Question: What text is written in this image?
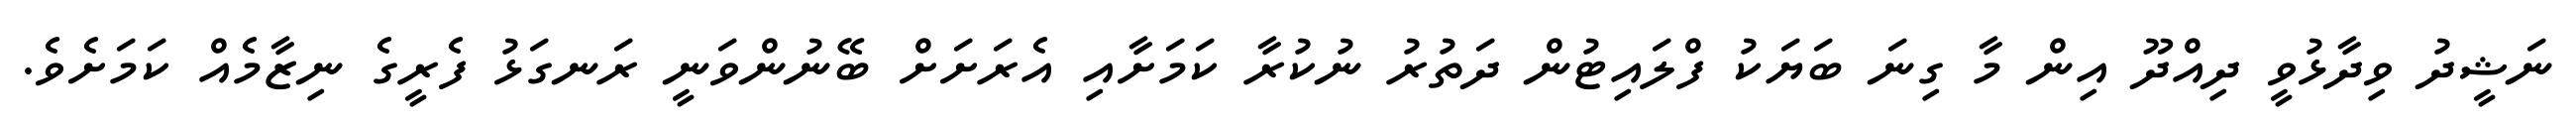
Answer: ނަޝީދު ވިދާޅުވީ ދިއްދޫ އިން މާ ގިނަ ބަޔަކު ފްލައިޓުން ދަތުރު ނުކުރާ ކަމަށާއި އެރަށަށް ބޭނުންވަނީ ރަނގަޅު ފެރީގެ ނިޒާމެއް ކަމަށެވެ.